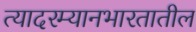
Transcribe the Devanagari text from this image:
त्यादरम्यानभारतातील